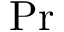
\mathrm { P r }